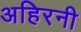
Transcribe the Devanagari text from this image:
अहिरनी